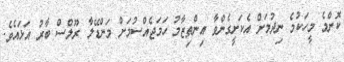
ކޮންމެ މީހަކުމެ ނިދުމަށް އެކަށީގެންވާ އިންތިޒާމު ހަމަޖެއްސުމަށް މަންޑޭލާ ރޫލްސް ބާރު އަޅައެވެ.